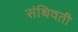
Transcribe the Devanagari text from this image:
संथिवती